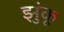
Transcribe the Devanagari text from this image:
झुंकू